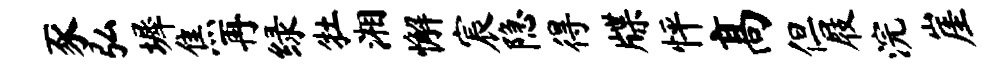
豕弘墀焦再绿牡湘懈宸隐得牒怦高但屐浣崖